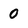
Character: 0